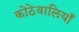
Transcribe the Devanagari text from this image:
कोठेवालियाँ